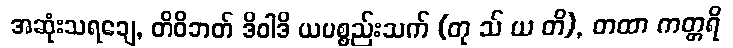
အဆုံးသရချေ, တိဝိဘတ် ဒိဝါဒိ ယပစ္စည်းသက် (တု သ် ယ တိ), တထာ ကတ္တရိ